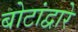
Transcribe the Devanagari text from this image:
बोटांद्वारे